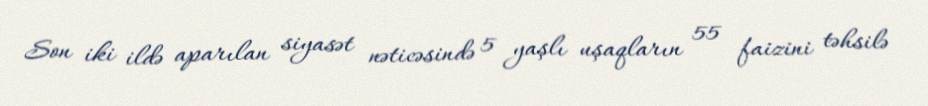
Son iki ildə aparılan siyasət nəticəsində 5 yaşlı uşaqların 55 faizini təhsilə